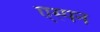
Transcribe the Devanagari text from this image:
एस्पन